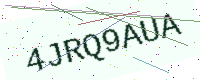
Text: 4JRQ9AUA